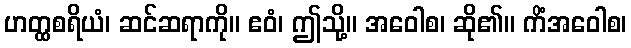
ဟတ္ထစရိယံ၊ ဆင်ဆရာကို။ ဧဝံ၊ ဤသို့။ အဝေါစ၊ ဆို၏။ ကိံအဝေါစ၊